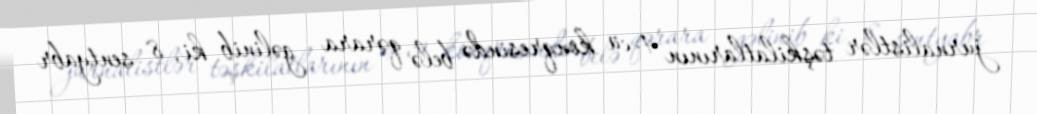
jurnalistlər təşkilatlarının 4-cü konqresində belə qərara gəlinib ki, 8 sentyabr